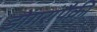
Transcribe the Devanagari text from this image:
डोंगरांपैकी